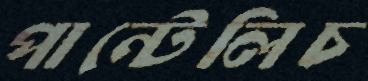
পান্টেলিচ